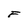
Character: F